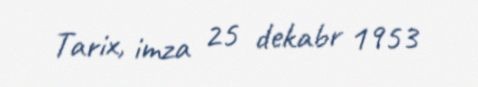
Tarix, imza 25 dekabr 1953